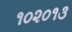
૧૦૨૦૧૩